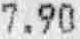
7.90